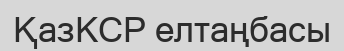
ҚазКСР елтаңбасы